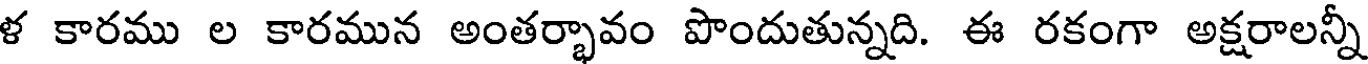
ళ కారము ల కారమున అంతర్భావం పొందుతున్నది. ఈ రకంగా అక్షరాలన్నీ